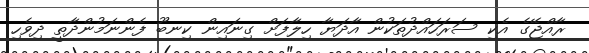
ރާއްޖޭގެ އެކި ސަރަހައްދުތަކުން އާދަޔާ ހިލާފަށް ގިނައިން ކިނބޫ ފެންނަމުންދާތީ ދިވެހި